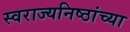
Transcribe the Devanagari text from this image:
स्वराज्यनिष्ठांच्या